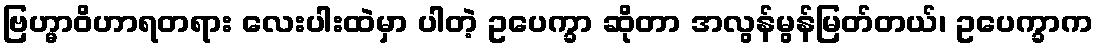
ဗြဟ္မာဝိဟာရတရား လေးပါးထဲမှာ ပါတဲ့ ဥပေက္ခာ ဆိုတာ အလွန်မွန်မြတ်တယ်၊ ဥပေက္ခာက